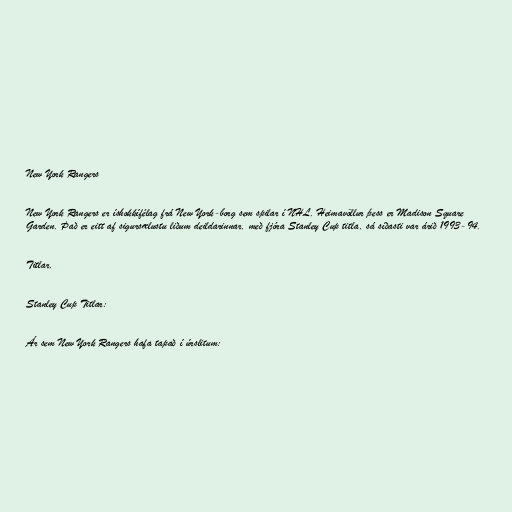
New York Rangers

New York Rangers er íshokkífélag frá New York-borg sem spilar í NHL. Heimavöllur þess er Madison Square
Garden. Það er eitt af sigursælustu liðum deildarinnar, með fjóra Stanley Cup titla, sá síðasti var árið 1993-94.

Titlar.

Stanley Cup Titlar:

Ár sem New York Rangers hafa tapað í úrslitum: